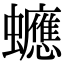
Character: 𧕄